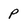
Character: P